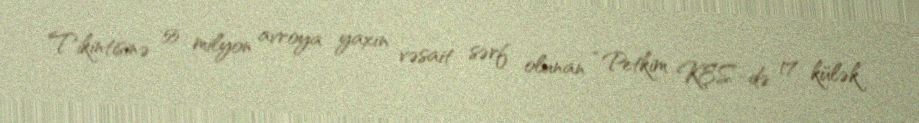
Tikintisinə 55 milyon avroya yaxın vəsait sərf olunan “Petkim KES”-də 17 külək